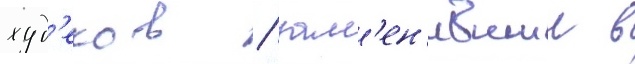
худ'еков / зам'ен'ившии в